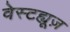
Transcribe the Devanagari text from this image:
वेस्टह्यूज़